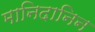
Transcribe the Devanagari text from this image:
मानिदानिन